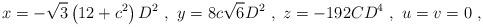
LaTeX: \begin{align*}x = -\sqrt{3}\left( 12 + c^2 \right)D^2\ , \ y = 8c\sqrt{6}D^2\ , \ z = -192CD^4\ , \ u = v = 0\ ,\end{align*}